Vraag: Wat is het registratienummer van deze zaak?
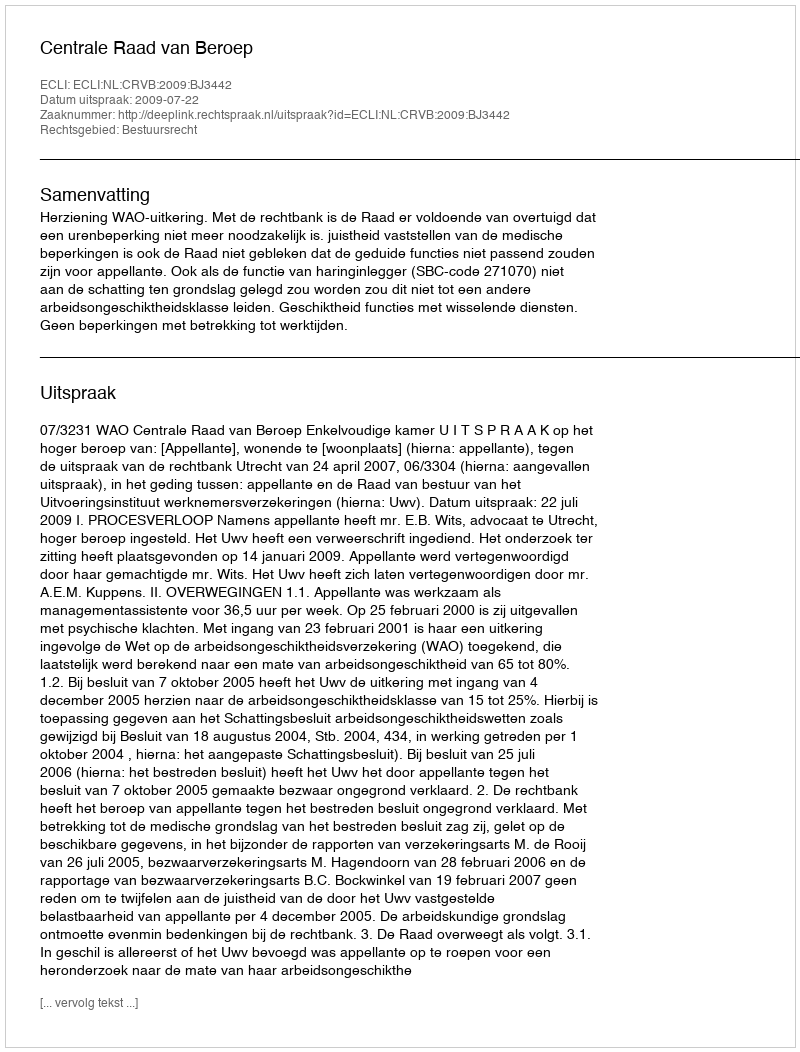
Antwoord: http://deeplink.rechtspraak.nl/uitspraak?id=ECLI:NL:CRVB:2009:BJ3442